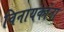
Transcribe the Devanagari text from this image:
विनायकांना